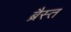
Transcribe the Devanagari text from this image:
ब्रैस्त